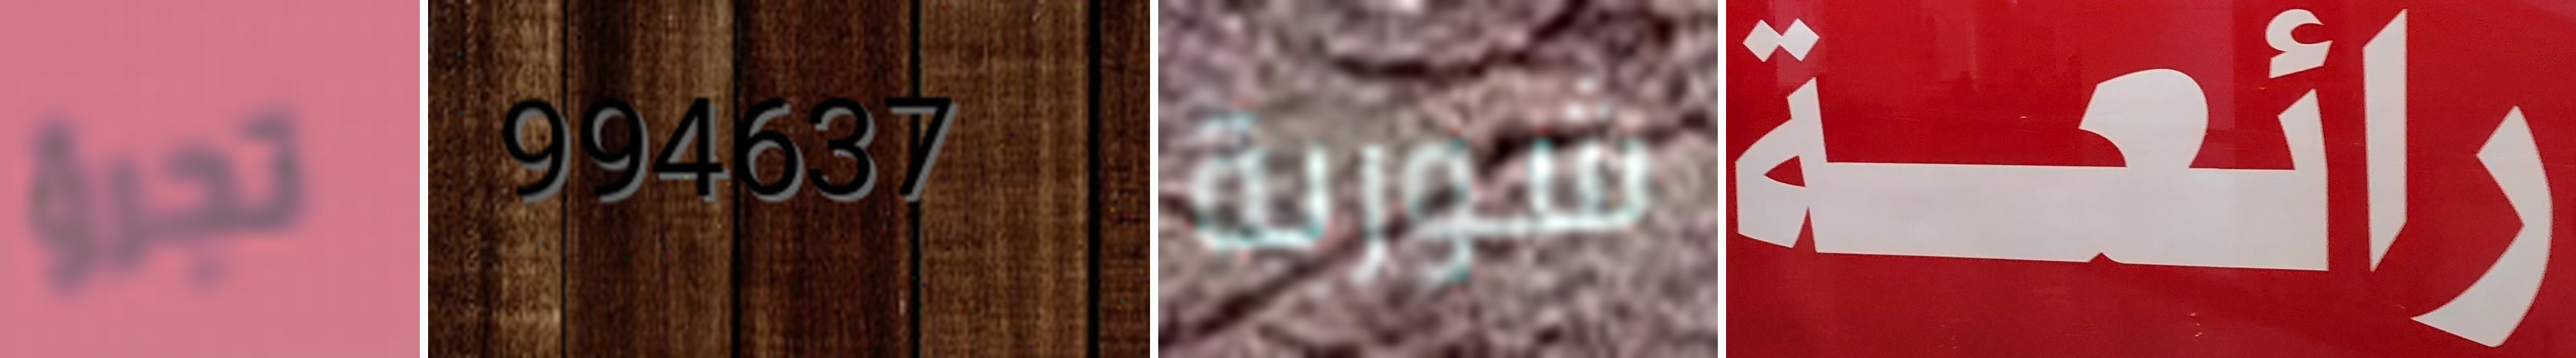
تجرؤ 994637 شوربة رائعة